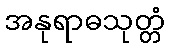
အနုရာဓသုတ္တံ